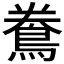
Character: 𪀲